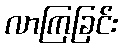
လာကြခြင်း